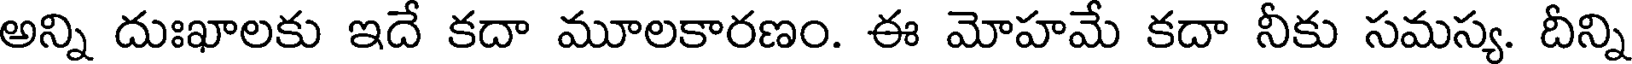
అన్ని దుఃఖాలకు ఇదే కదా మూలకారణం. ఈ మోహమే కదా నీకు సమస్య. దీన్ని